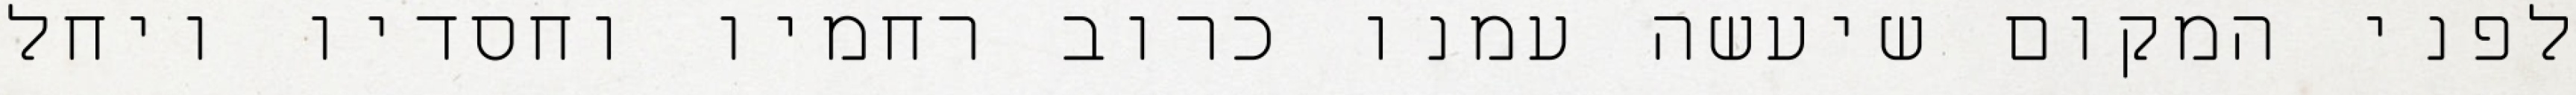
לפני המקום שיעשה עמנו כרוב רחמיו וחסדיו ויחל